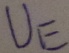
Text: UE